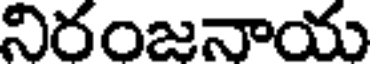
నిరంజనాయ